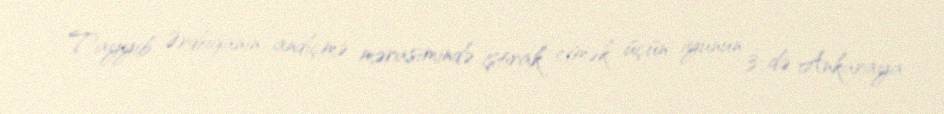
Tayyib Ərdoğanın andiçmə mərasimində iştirak etmək üçün iyunun 3-də Ankaraya